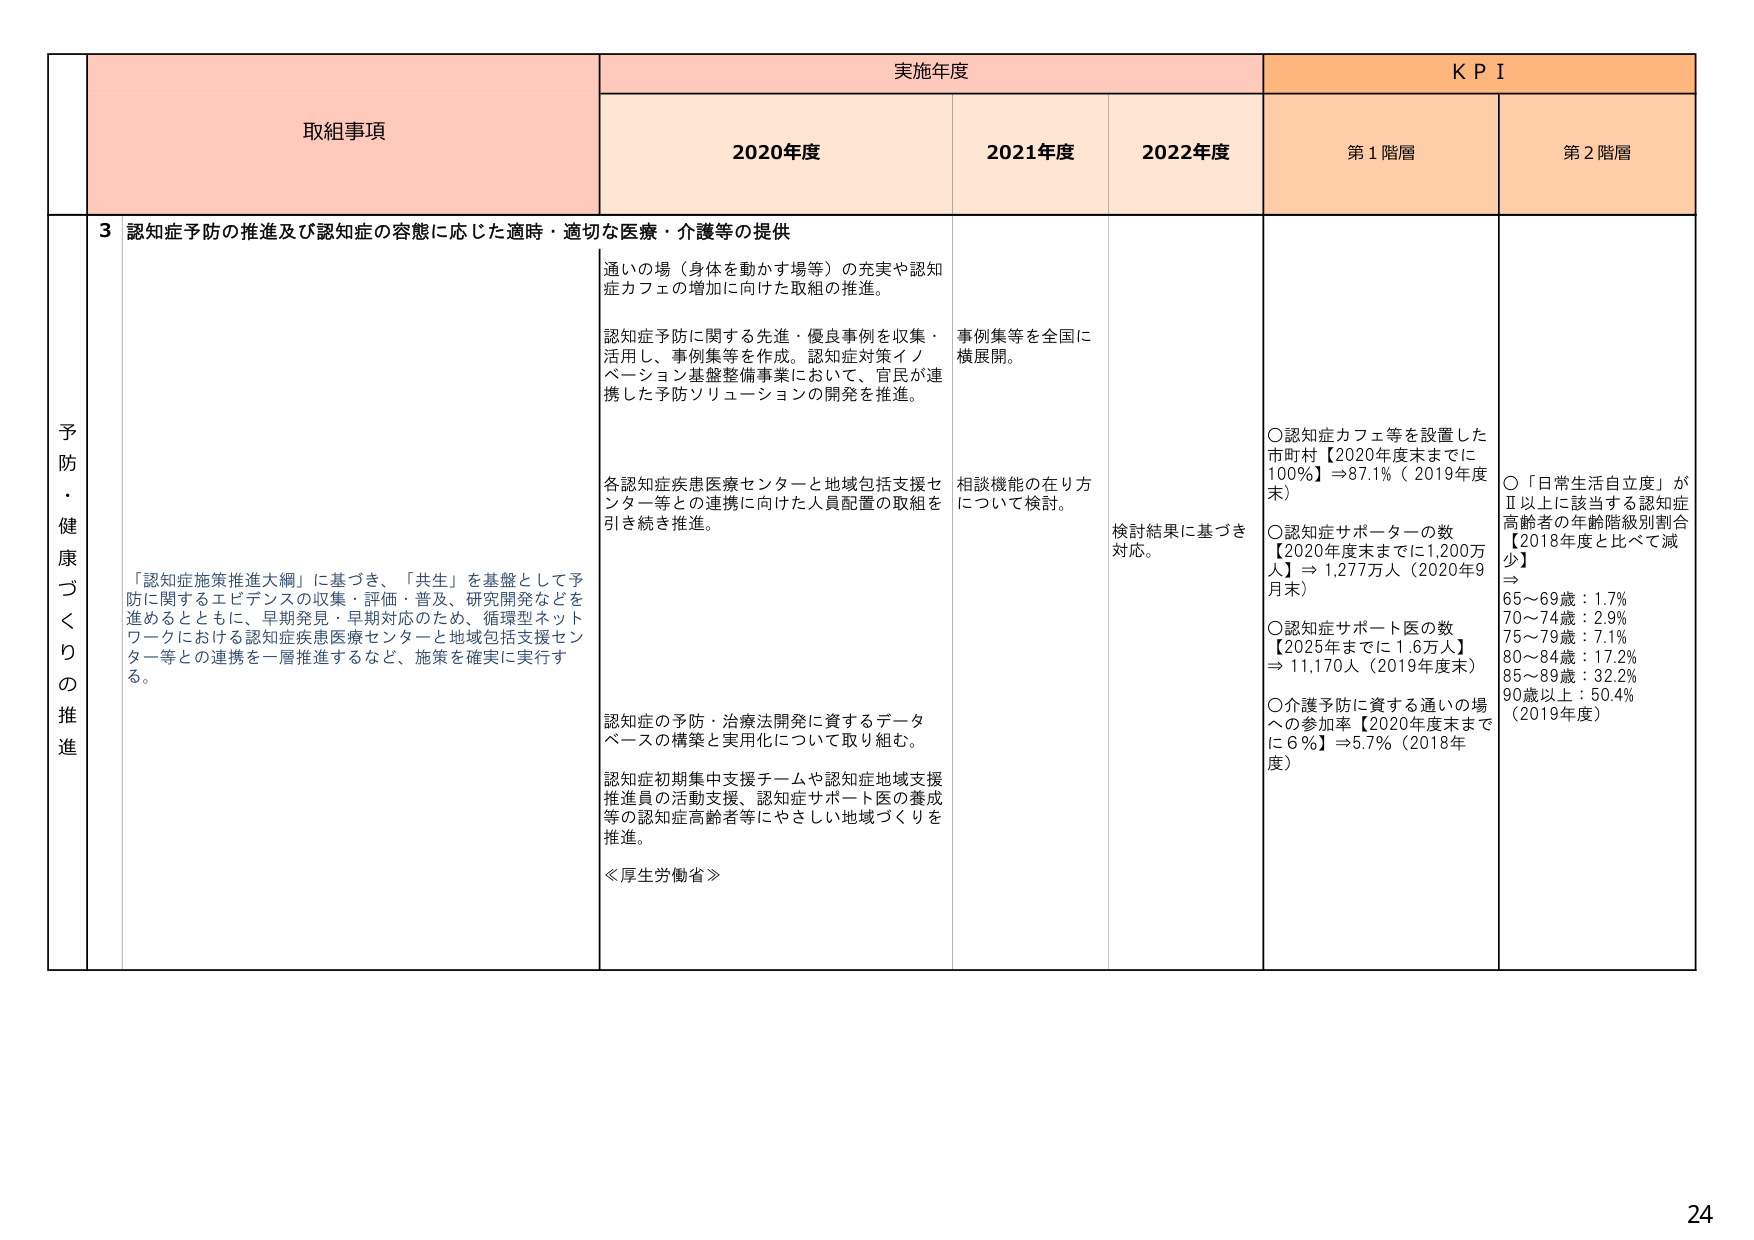
予防・健康づくりの推進

取組事項

実施年度

KPI

2020年度

2021年度

2022年度

第1階層

第2階層

3 認知症予防の推進及び認知症の容態に応じた適時・適切な医療・介護等の提供

「認知症施策推進大綱」に基づき、「共生」を基盤として予防に関するエビデンスの収集・評価・普及、研究開発などを進めるとともに、早期発見・早期対応のため、循環型ネットワークにおける認知症疾患医療センターと地域包括支援センター等との連携を一層推進するなど、施策を確実に実行する。

通いの場（身体を動かす場等）の充実や認知症カフェの増加に向けた取組の推進。

認知症予防に関する先進・優良事例を収集・活用し、事例集等を作成。認知症対策イノベーション基盤整備事業において、官民が連携した予防ソリューションの開発を推進。

各認知症疾患医療センターと地域包括支援センター等との連携に向けた人員配置の取組を引き続き推進。

認知症の予防・治療法開発に資するデータベースの構築と実用化について取り組む。

認知症初期集中支援チームや認知症地域支援推進員の活動支援、認知症サポート医の養成等の認知症高齢者等にやさしい地域づくりを推進。

≪厚生労働省≫

事例集等を全国に横展開。

相談機能の在り方について検討。

検討結果に基づき対応。

〇認知症カフェ等を設置した市町村【2020年度末までに100%】⇒87.1%（2019年度末）

〇認知症サポーターの数【2020年度末までに1,200万人】⇒1,277万人（2020年9月末）

〇認知症サポート医の数【2025年までに1.6万人】⇒11,170人（2019年度末）

〇介護予防に資する通いの場への参加率【2020年度末までに6%】⇒5.7%（2018年度）

〇「日常生活自立度」がⅡ以上に該当する認知症高齢者の年齢階級別割合【2018年度と比べて減少】

65～69歳：1.7%

70～74歳：2.9%

75～79歳：7.1%

80～84歳：17.2%

85～89歳：32.2%

90歳以上：50.4%

（2019年度）

24